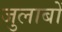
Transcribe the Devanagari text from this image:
जुलाबों